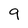
Character: 9